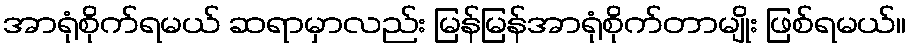
အာရုံစိုက်ရမယ် ဆရာမှာလည်း မြန်မြန်အာရုံစိုက်တာမျိုး ဖြစ်ရမယ်။